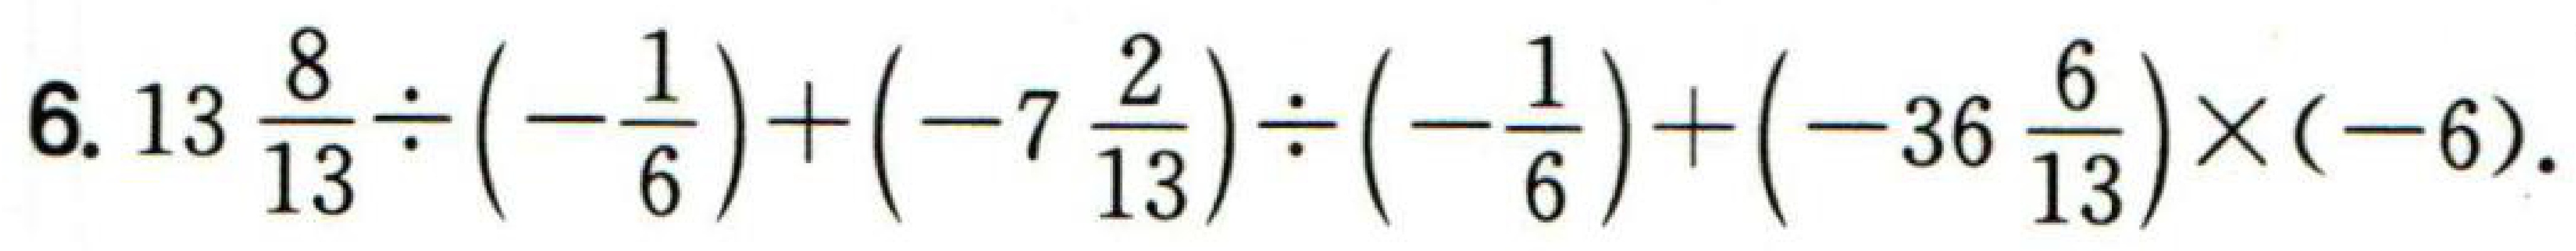
6. \(13\frac{8}{13}\div\left(-\frac{1}{6}\right)+\left(-7\frac{2}{13}\right)\div\left(-\frac{1}{6}\right)+\left(-36\frac{6}{13}\right)\times(-6).\)